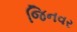
જિનવર